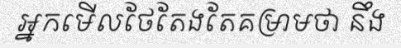
អ្នកមើលថែតែងតែគម្រាមថា នឹង